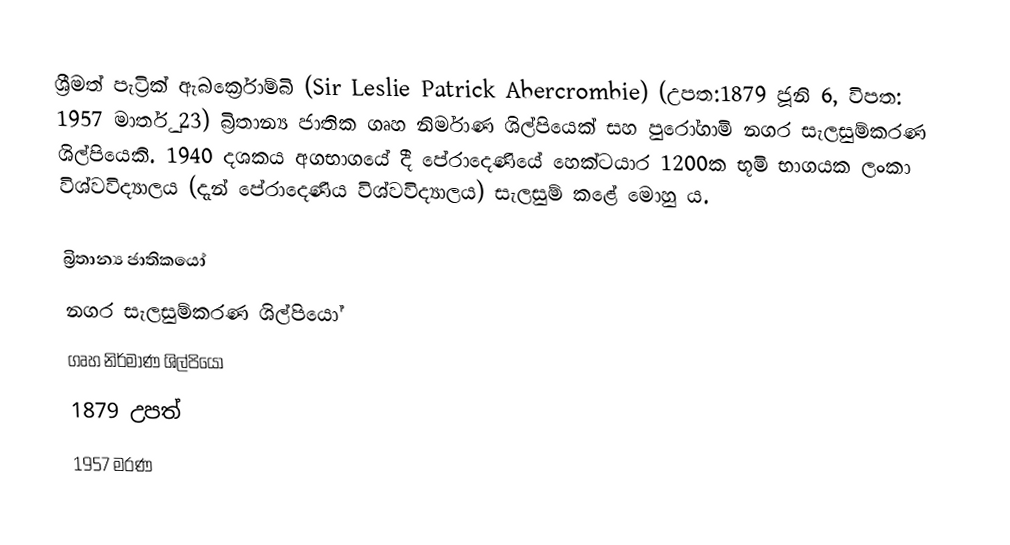
ශ්‍රීමත් පැට්‍රික් ඇබර්ක්‍රොම්බි (Sir Leslie Patrick Abercrombie) (උපත​:1879 ජූනි 6,  විපත: 1957 මාර්තු 23) බ්‍රිතාන්‍ය ජාතික ගෘහ නිර්මාණ ශිල්පියෙක් සහ පුරෝගාමි නගර සැලසුම්කරණ ශිල්පියෙකි. 1940 දශකය අගභාගයේ දී පේරාදෙණියේ හෙක්ටයාර 1200ක භූමි භාගයක ලංකා විශ්වවිද්‍යාලය ​(දැන් පේරාදෙණිය විශ්වවිද්‍යාලය​) සැලසුම් කළේ මොහු ය​.

බ්‍රිතාන්‍ය ජාතිකයෝ
නගර සැලසුම්කරණ ශිල්පියෝ
ගෘහ නිර්මාණ ශිල්පියෝ
1879 උපත්
1957 මරණ